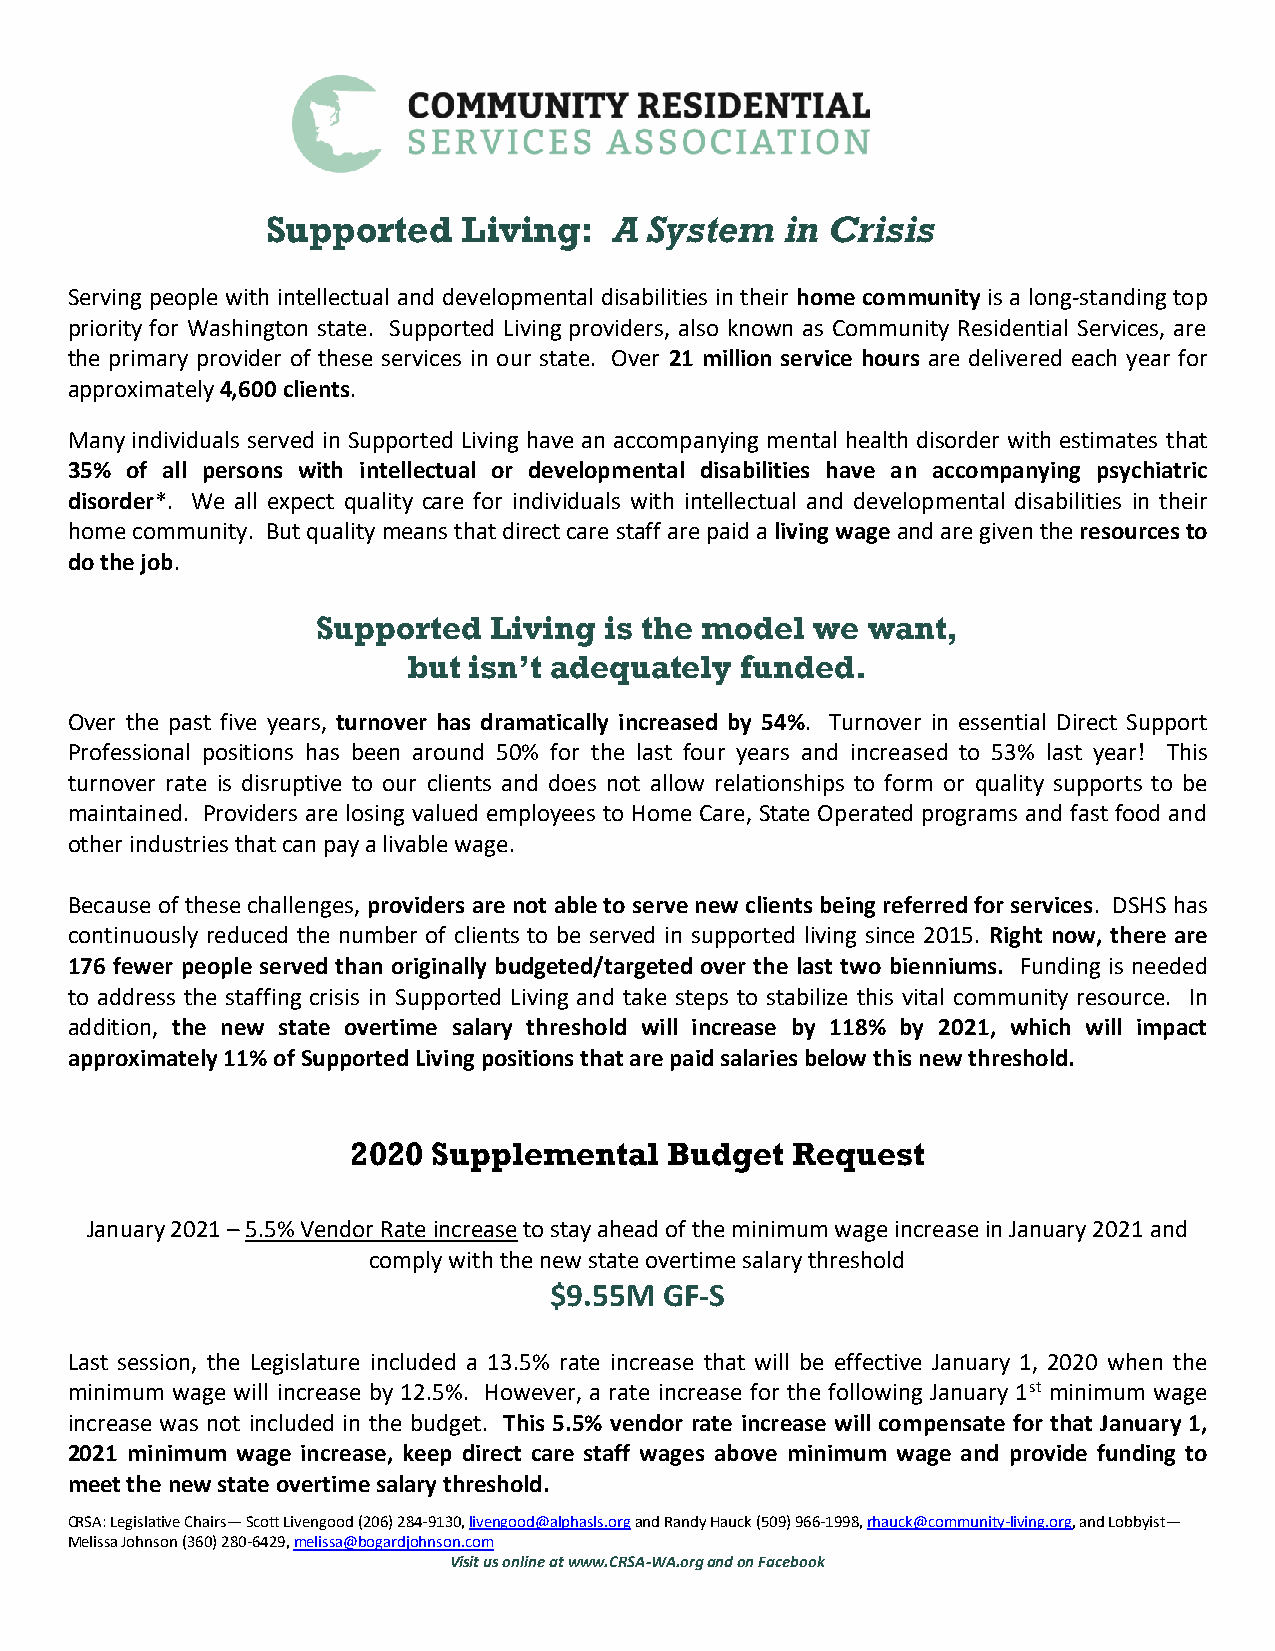
Supported    Living:   A System   in Crisis
 Serving people with intellectual and developmental disabilities in their home community is a long-standing top
 priority for Washington state. Supported Living providers, also known as Community Residential Services, are
 the primary provider of these services in our state. Over 21 million service hours are delivered each year for
 approximately 4,600 clients.
 Many individuals served in Supported Living have an accompanying mental health disorder with estimates that
 35% of all persons with intellectual or developmental disabilities have an accompanying psychiatric
 disorder*. We all expect quality care for individuals with intellectual and developmental disabilities in their
 home community. But quality means that direct care staff are paid a living wage and are given the resources to
 do the job.
 Supported  Living  is the model  we want,
 but isn’t adequately  funded.
 Over the past five years, turnover has dramatically increased by 54%. Turnover in essential Direct Support
 Professional positions has been around 50% for the last four years and increased to 53% last year! This
 turnover rate is disruptive to our clients and does not allow relationships to form or quality supports to be
 maintained. Providers are losing valued employees to Home Care, State Operated programs and fast food and
 other industries that can pay a livable wage.
 Because of these challenges, providers are not able to serve new clients being referred for services. DSHS has
 continuously reduced the number of clients to be served in supported living since 2015. Right now, there are
 176 fewer people served than originally budgeted/targeted over the last two bienniums. Funding is needed
 to address the staffing crisis in Supported Living and take steps to stabilize this vital community resource. In
 addition, the new state overtime salary threshold will increase by 118% by 2021, which will impact
 approximately 11% of Supported Living positions that are paid salaries below this new threshold.
 2020  Supplemental   Budget  Request
 January 2021 – 5.5% Vendor Rate increase to stay ahead of the minimum wage increase in January 2021 and
 comply with the new state overtime salary threshold
 $9.55M  GF-S
 Last session, the Legislature included a 13.5% rate increase that will be effective January 1, 2020 when the
 minimum wage will increase by 12.5%. However, a rate increase for the following January 1st minimum wage
 increase was not included in the budget. This 5.5% vendor rate increase will compensate for that January 1,
 2021 minimum wage increase, keep direct care staff wages above minimum wage and provide funding to
 meet the new state overtime salary threshold.
 CRSA: Legislative Chairs— Scott Livengood (206) 284-9130, livengood@alphasls.org and Randy Hauck (509) 966-1998, rhauck@community-living.org, and Lobbyist—
 Melissa Johnson (360) 280-6429, melissa@bogardjohnson.com
 Visit us online at www.CRSA-WA.org and on Facebook